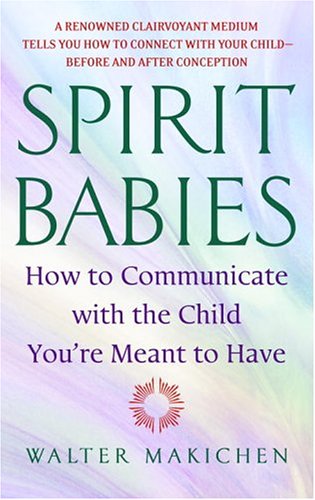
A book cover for Spirit Babies: How to Communicate with the Child You're Meant to Have; Walter Makichen; Parenting & Relationships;